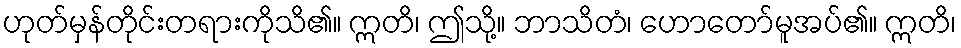
ဟုတ်မှန်တိုင်းတရားကိုသိ၏။ ဣတိ၊ ဤသို့။ ဘာသိတံ၊ ဟောတော်မူအပ်၏။ ဣတိ၊